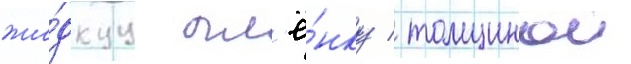
жи́дкуу пл'ё́нку / толщинои